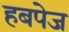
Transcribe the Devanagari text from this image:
हबपेज